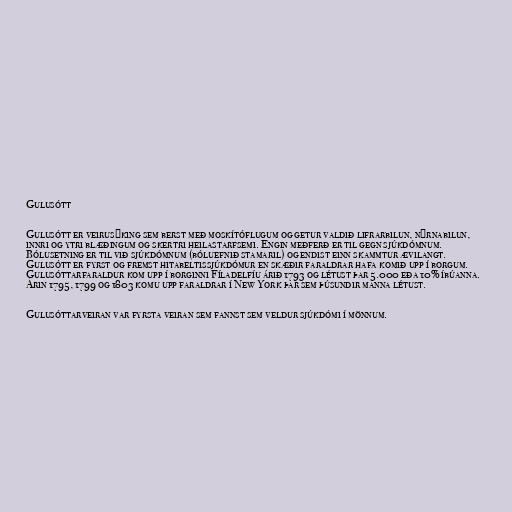
Gulusótt

Gulusótt er veirusýking sem berst með moskítóflugum og getur valdið lifrarbilun, nýrnabilun,
innri og ytri blæðingum og skertri heilastarfsemi. Engin meðferð er til gegn sjúkdómnum.
Bólusetning er til við sjúkdómnum (bóluefnið stamaril) og endist einn skammtur ævilangt.
Gulusótt er fyrst og fremst hitabeltissjúkdómur en skæðir faraldrar hafa komið upp í borgum.
Gulusóttarfaraldur kom upp í borginni Fíladelfíu árið 1793 og létust þar 5.000 eða 10% íbúanna.
Árin 1795, 1799 og 1803 komu upp faraldrar í New York þar sem þúsundir manna létust.

Gulusóttarveiran var fyrsta veiran sem fannst sem veldur sjúkdómi í mönnum.